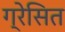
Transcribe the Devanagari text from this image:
ग्रेसित